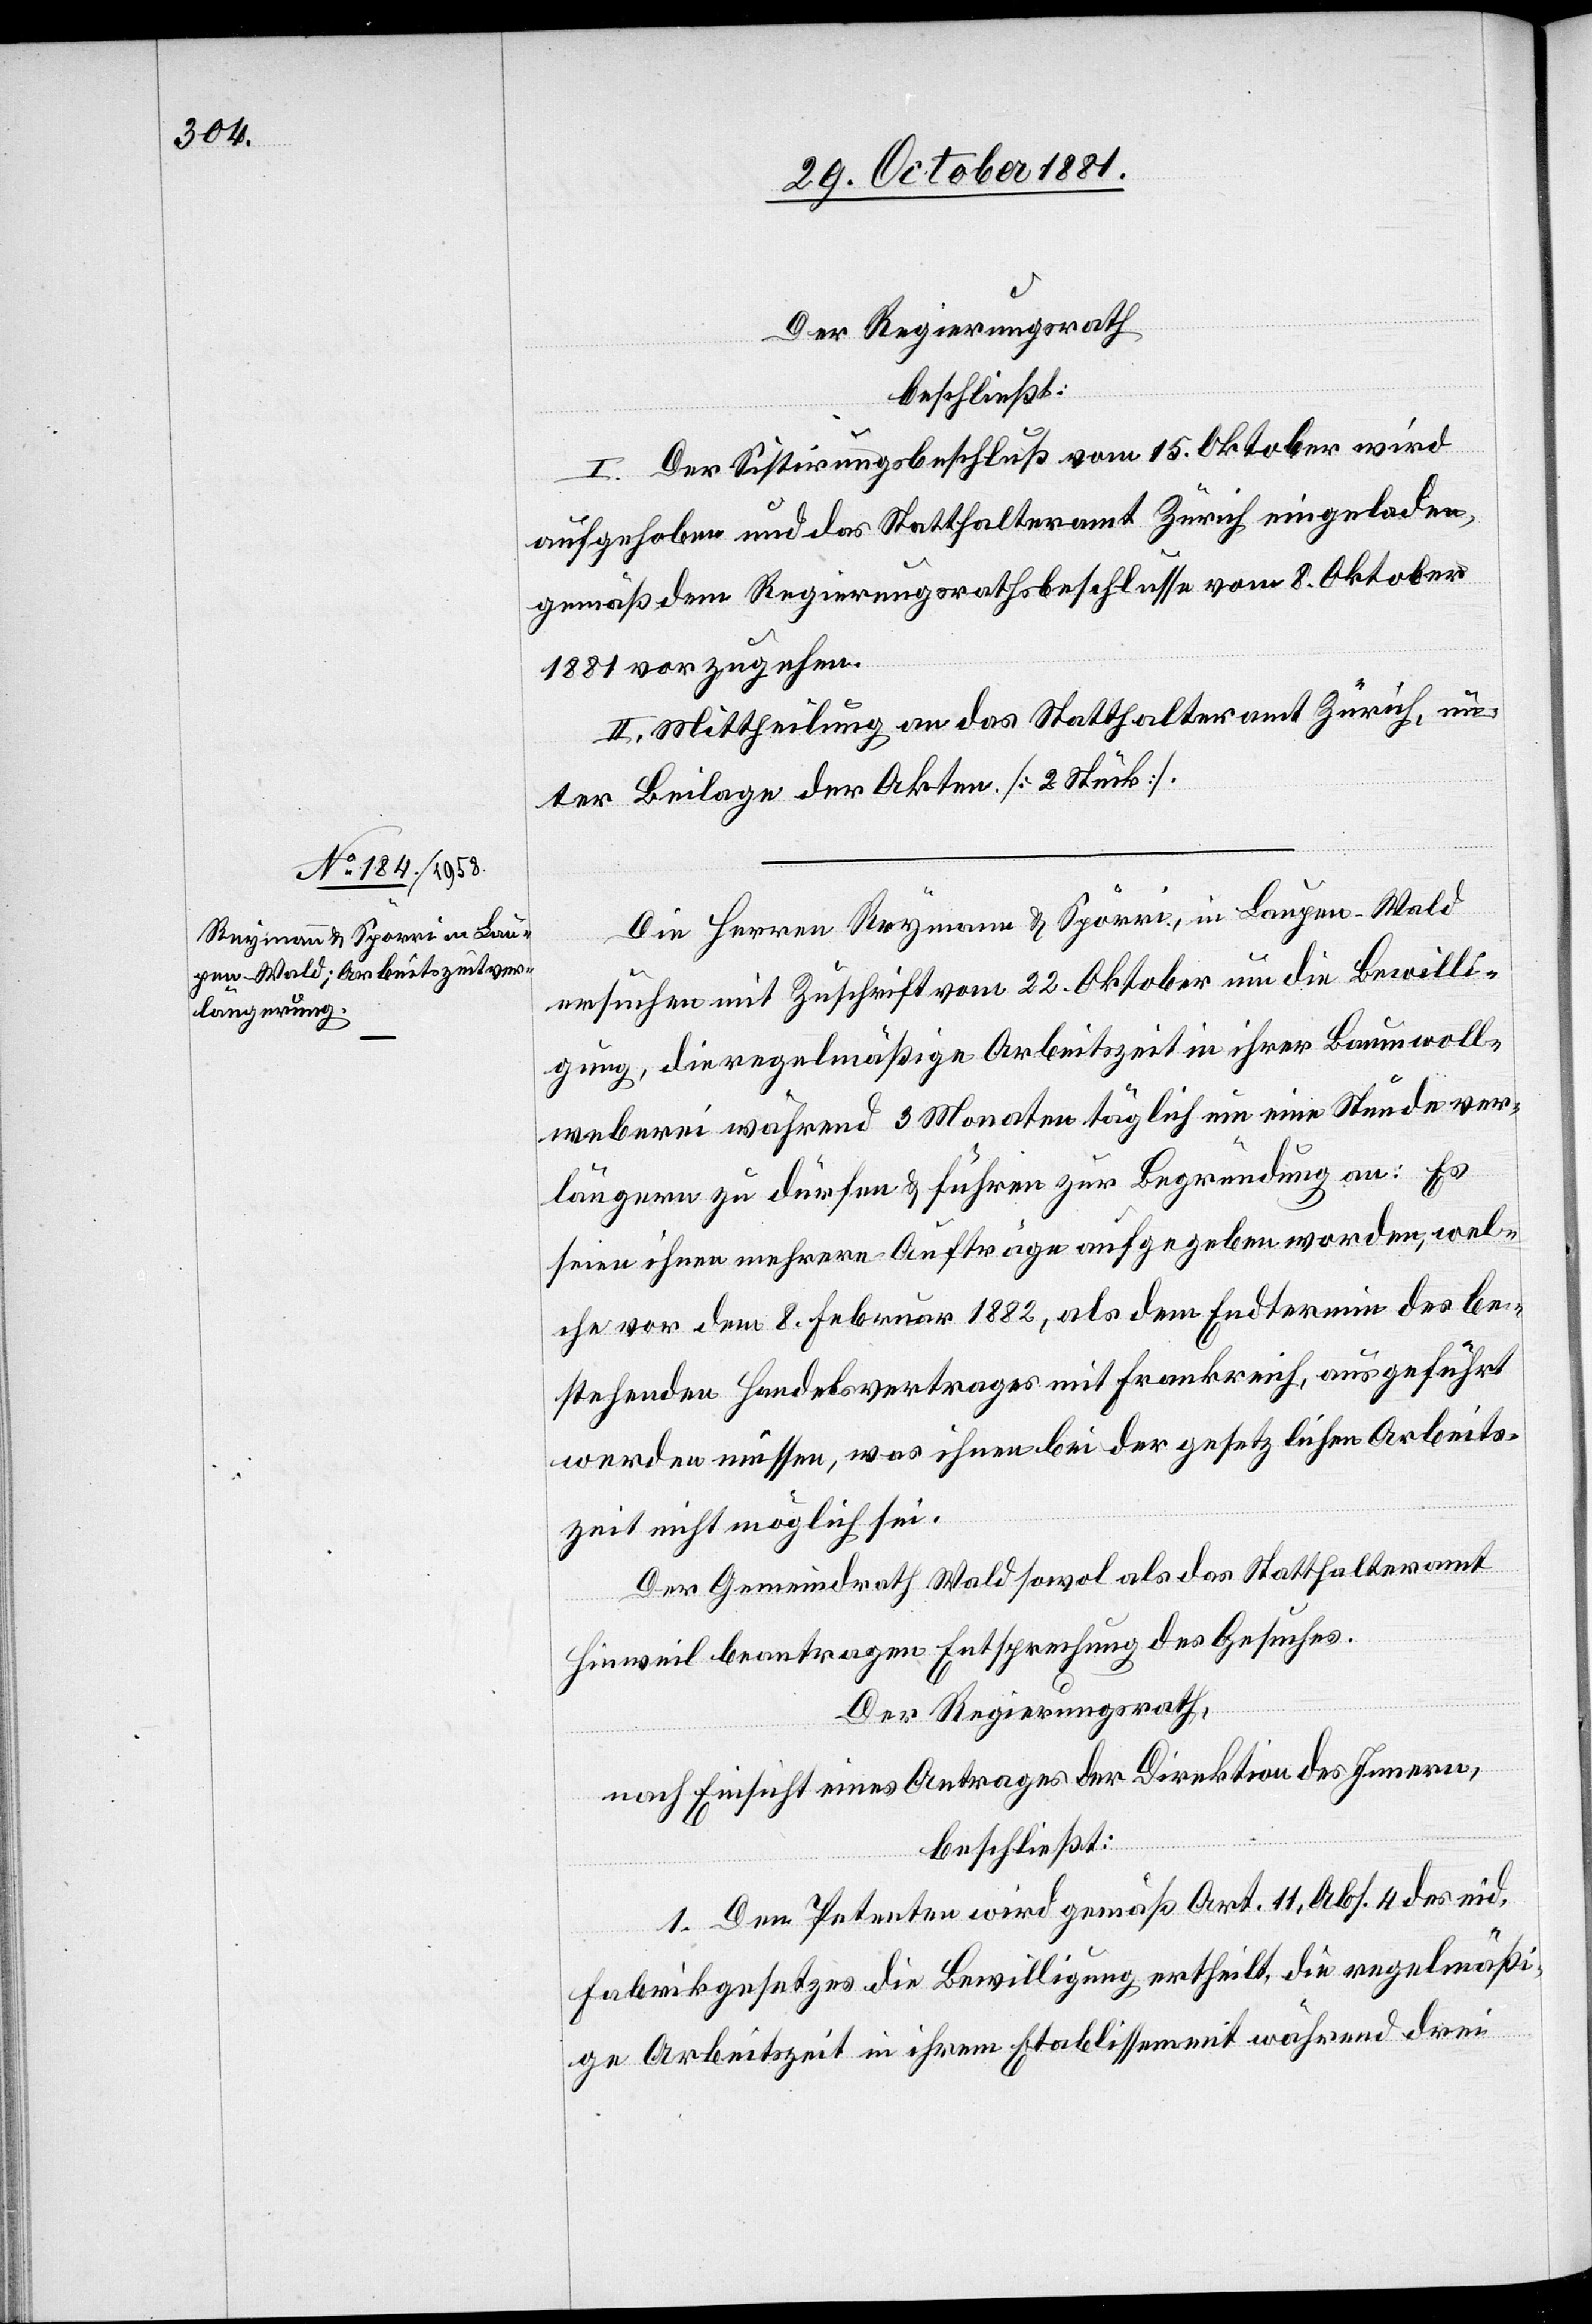
Der Regierungsrath
beschließt:
I. Der Sistirungsbeschluß vom 15. Oktober wird
aufgehoben und das Statthalteramt Zürich eingeladen,
gemäß dem Regierungsrathsbeschlusse vom 8. Oktober
1881 vorzugehen.
II. Mittheilung an das Statthalteramt Zürich, un¬
ter Beilage der Akten. [2 Stück].
Die Herren Reymann & Spörri, in Laugen - Wald
ersuchen mit Zuschrift vom 22 Oktober um die Bewilli¬
gung, die regelmäßige Arbeitszeit in ihrer Baumwoll¬
weberei während 3 Monaten täglich um eine Stunde ver¬
längern zu dürfen & führen zur Begründung an: Es
seien ihnen mehrere Aufträge aufgegeben worden, wel¬
che vor dem 8. Februar 1882, als dem Endtermin des be¬
stehenden Handelsvertrages mit Frankreich, ausgeführt
werden müssen, was ihnen bei der gesetzlichen Arbeits¬
zeit nicht möglich sei.
Der Gemeindrath Wald sowol als das Statthalteramt
Hinweil beantragen Entsprechung des Gesuches.
Der Regierungsrath,
nach Einsicht eines Antrages der Direktion des Innern,
beschließt:
1. Den Petenten wird gemäß Art. 11, Abs. 4 des eid.
Fabrikgesetzes die Bewilligung ertheilt, die regelmäßi¬
ge Arbeitszeit in ihrem Etablissement während drei